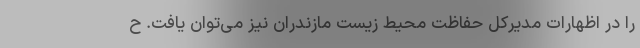
را در اظهارات مدیرکل حفاظت محیط زیست مازندران نیز می‌توان یافت. ح